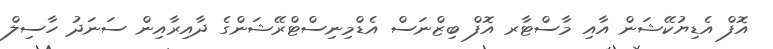
އޮފް އެޑިޔުކޭޝަން އާއި މާސްޓާރ އޮފް ބިޒްނަސް އެޑްމިނިސްޓްރޭޝަންގެ ދާއިރާއިން ސަނަދު ހާސިލް